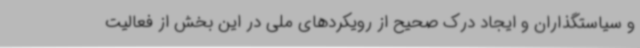
و سیاستگذاران و ایجاد درک صحیح از رویکردهای ملی در این بخش از فعالیت